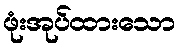
ဖုံးအုပ်ထားသော